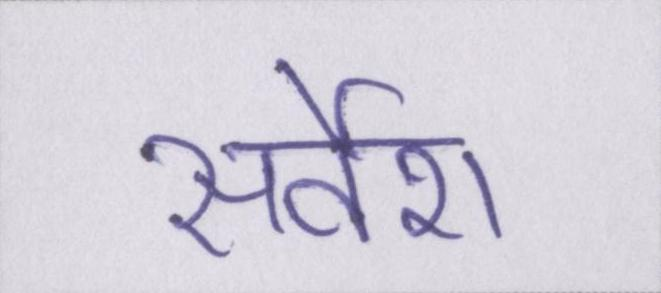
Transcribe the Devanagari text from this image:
सर्वेश